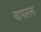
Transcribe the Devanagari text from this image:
बापातला